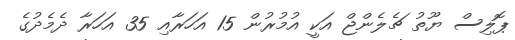
ޕޮލިސް ޔޫތު ޗެލެންޖް އަކީ އުމުރުން 15 އަހަރާއި 35 އަހަރާ ދެމެދުގެ